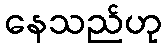
နေသည်ဟု